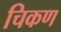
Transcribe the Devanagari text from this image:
चिकण